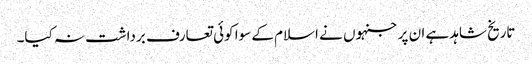
تاریخ شاہد ہے ان پر جنہوں نے اسلام کے سوا کوئی تعارف برداشت نہ کیا۔